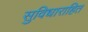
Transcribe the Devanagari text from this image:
सुविधाराहित